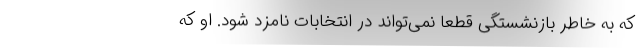
که به خاطر بازنشستگی قطعاً نمی‌تواند در انتخابات نامزد شود. او که